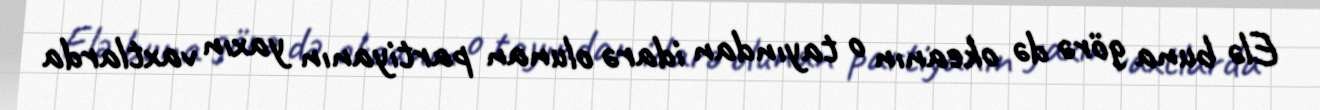
Elə buna görə də okeanın o tayından idarə olunan partiyanın yaxın vaxtlarda